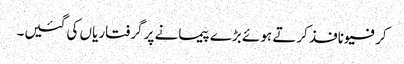
کرفیو نافذ کرتے ہوئے بڑے پیمانے پر گرفتاریاں کی گئیں۔